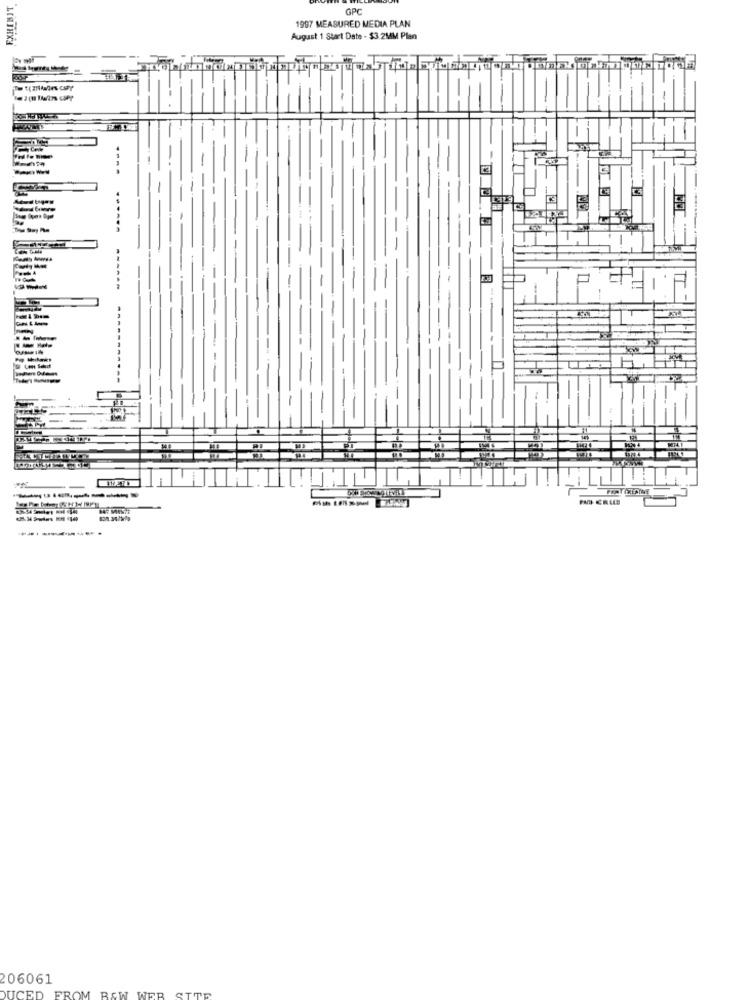
GPC
1997 MEASURED MEDIA PLAN
August 1 Start Date - $3.2MM Plan
----
---
------
---------
PNI CELLE
206061
SITE
DUCED
FROM BEW WER